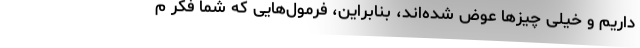
داریم و خیلی چیزها عوض شده‌اند، بنابراین، فرمول‌هایی که شما فکر م